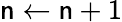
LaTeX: \mathsf{n}\gets\mathsf{n}+1